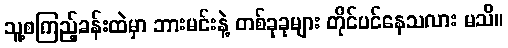
သူ့စကြည့်ခန်းထဲမှာ ဘားမင်းနဲ့ တစ်ခုခုများ တိုင်ပင်နေသလား မသိ။